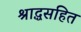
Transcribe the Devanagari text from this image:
श्राद्धसहित